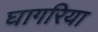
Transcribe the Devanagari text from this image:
घागरिया